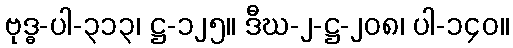
ဗုဒ္ဓ-ပါ-၃၁၃၊ ဋ္ဌ-၁၂၅။ ဒီဃ-၂-ဋ္ဌ-၂၀၈၊ ပါ-၁၄၀။